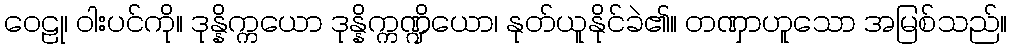
ဝေဠု၊ ဝါးပင်ကို။ ဒုန္နိက္ကယော ဒုန္နိက္ကဏ္ဍိယော၊ နုတ်ယူနိုင်ခဲ၏။ တဏှာဟူသော အမြစ်သည်။